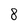
Character: 8